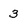
Character: 3